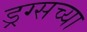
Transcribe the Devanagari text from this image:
ड्रग्सच्या